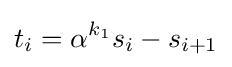
t_{i}=\alpha ^{k_{1}}s_{i}-s_{i+1}